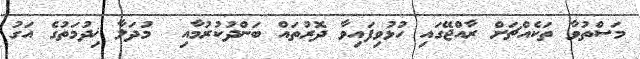
މަސްތުވާ ތަކެއްޗަށް ރާއްޖޭގައި ހުޅުވިފައިވާ ދޮރުތައް ބަންދުކުރުމާއި  މުދަލާ ޚިދުމަތުގެ އަގު